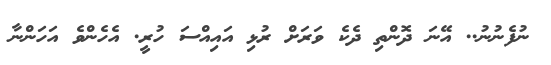
ނުފެނުނު.. އޭނަ ދޮންތި ދެކެ ވަރަށް ރުޅި އައިއްސަ ހުރީ. އެހެންވެ އަހަންނާ